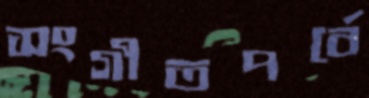
সংগীতপর্বে